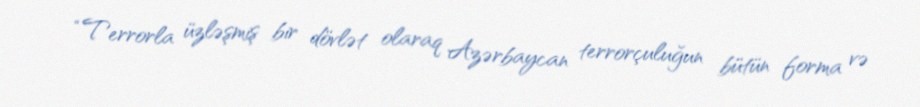
“Terrorla üzləşmiş bir dövlət olaraq Azərbaycan terrorçuluğun bütün forma və